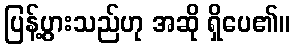
ပြန့်ပွားသည်ဟု အဆို ရှိပေ၏။